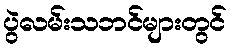
ပွဲလမ်းသဘင်များတွင်